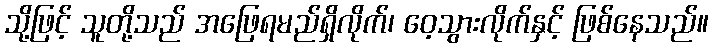
သို့ဖြင့် သူတို့သည် အဖြေရမည်ရှိလိုက်၊ ဝေ့သွားလိုက်နှင့် ဖြစ်နေသည်။